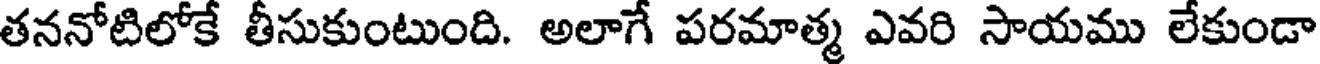
తననోటిలోకే తీసుకుంటుంది. అలాగే పరమాత్మ ఎవరి సాయము లేకుండా